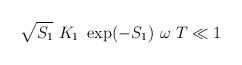
LaTeX: \begin{align*}\sqrt{S_{1}} \ K_{1} \ \exp(-S_{1}) \ \omega \ T \ll 1\end{align*}